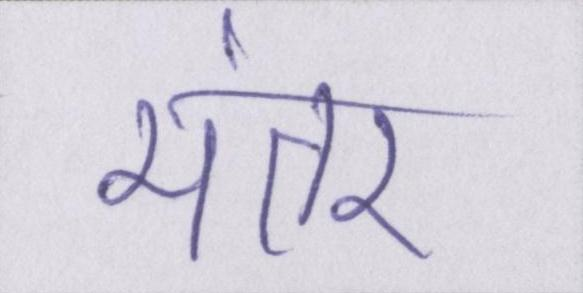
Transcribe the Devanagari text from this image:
मंतर